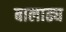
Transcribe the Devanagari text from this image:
बालाढ्य